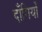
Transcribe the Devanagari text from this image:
दाँगियों